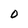
Character: 0